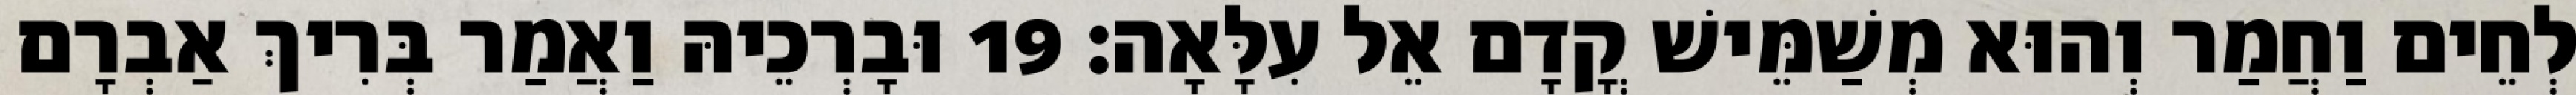
לְחֵים וַחֲמַר וְהוּא מְשַׁמֵּישׁ קֳדָם אֵל עִלָּאָה׃ 19 וּבָרְכֵיהּ וַאֲמַר בְּרִיךְ אַבְרָם